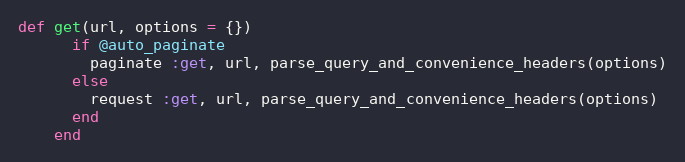
Language: Ruby
def get(url, options = {})
      if @auto_paginate
        paginate :get, url, parse_query_and_convenience_headers(options)
      else
        request :get, url, parse_query_and_convenience_headers(options)
      end
    end